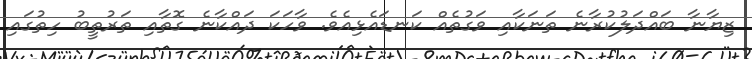
ޒިޔާނާ ބައްދަލުކުރާނެ ތަނަކާއި ވަގުތެއް ކަނޑައެޅިއެވެ. ވާހަކަ ދައްކާނެ ގޮތާއި ތަރުތީބު ހިތުގައި